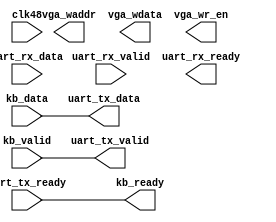
`timescale 1ns/1ps

module core(
        input  clk48,

        // UART, core -> tty
        output [7:0] uart_tx_data,
        output uart_tx_valid,
        input uart_tx_ready,
        // UART, tty -> core
        input [7:0] uart_rx_data,
        input uart_rx_valid,
        output uart_rx_ready,

        // PS/2 keyboard scan
        input [7:0] kb_data,
        input kb_valid,
        output kb_ready,

        output [13:0] vga_waddr,
        output [7:0] vga_wdata,
        output vga_wr_en

    );

    assign uart_tx_data = kb_data;
    assign uart_tx_valid = kb_valid;
    assign kb_ready = uart_tx_ready;
    // assign uart_tx_data = uart_rx_data;
    // assign uart_tx_valid = uart_rx_valid;
    // assign uart_rx_ready = uart_tx_ready;

    // reg [7:0] textcol;
    // reg [5:0] textrow;
    // initial textcol = 8'd0;
    // initial textrow = 6'd0;
    // always @(posedge clk48) begin
    //     if(vga_wr_en) begin
    //         textcol <= textcol >= 159 ? 0 : textcol + 'd1;
    //         textrow <= textcol >= 159 ? textrow + 'd1 : textrow;
    //     end
    // end
    // assign vga_wr_en = uart_tx_ready && uart_tx_valid;
    // assign vga_waddr = {textrow, textcol};
    // assign vga_wdata = uart_rx_data;
endmodule